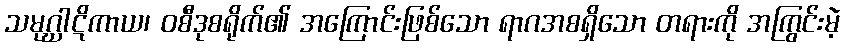
သမုဂ္ဃါဋိကာယ၊ ဝစီဒုစရိုက်၏ အကြောင်းဖြစ်သော ရာဂအစရှိသော တရားကို အကြွင်းမဲ့